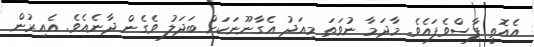
އެއޮތީ ފާސްވެފައެވެ. މާދަމާ ނުވަތަ މިއަދު އެގާނޫނަކަށް ބަދަލު ވެގެން ދާނެއެވެ. އެއިރުން